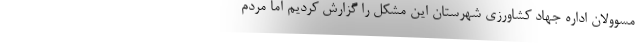
مسوولان اداره جهاد کشاورزی شهرستان این مشکل را گزارش کردیم اما مردم